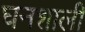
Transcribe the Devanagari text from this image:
घनशाली